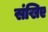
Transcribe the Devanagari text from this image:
संखिए